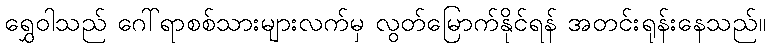
ရွှေဝါသည် ဂေါ်ရာစစ်သားများလက်မှ လွတ်မြောက်နိုင်ရန် အတင်းရုန်းနေသည်။